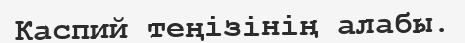
Каспий теңізінің алабы.